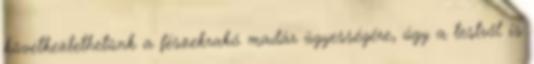
következtethetünk a fészekrakó madár ügyességére, úgy a testről is